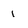
Character: 1